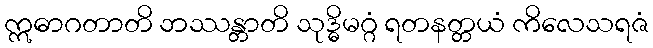
ဣဓာဂတာတိ ဘဿန္တာတိ သုဒ္ဓိမဂ္ဂံ ရတနတ္တယံ ကိလေသရဇံ